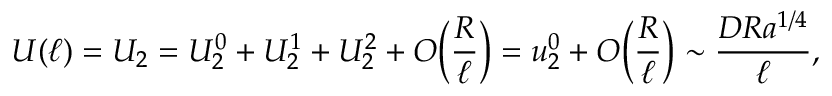
U ( \ell ) = U _ { 2 } = U _ { 2 } ^ { 0 } + U _ { 2 } ^ { 1 } + U _ { 2 } ^ { 2 } + O \Big ( \frac { R } { \ell } \Big ) = u _ { 2 } ^ { 0 } + O \Big ( \frac { R } { \ell } \Big ) \sim \frac { D R a ^ { 1 / 4 } } { \ell } ,